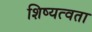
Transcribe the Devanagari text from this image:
शिष्यत्वता